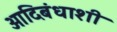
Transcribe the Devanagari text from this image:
आदिबंधाशी